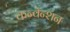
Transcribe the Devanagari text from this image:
कन्वॅन्शन